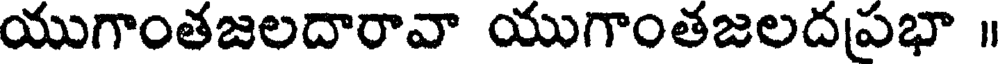
యుగాంతజలదారావా యుగాంతజలదప్రభా ॥